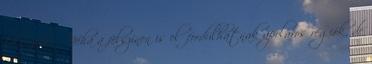
belsejében. Néha a felszínen is előfordulhatnak apoláros régiók, de